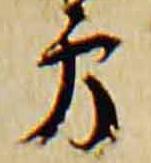
方